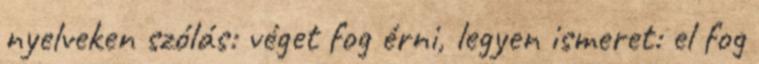
nyelveken szólás: véget fog érni, legyen ismeret: el fog